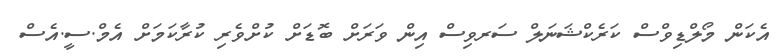
އެކަން މޯލްޑިވްސް ކަރެކްޝަނަލް ސަރވިސް އިން ވަރަށް ބޮޑަށް ކުށްވެރި ކުރާކަމަށް އެމް.ސީ.އެސް